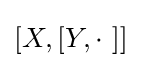
[X,[Y,\cdot \ ]]